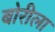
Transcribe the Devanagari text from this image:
बोरीला